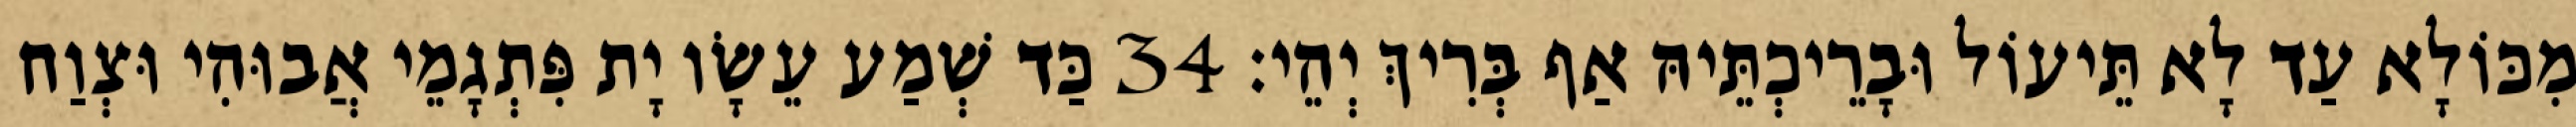
מִכּוֹלָא עַד לָא תֵּיעוֹל וּבָרֵיכְתֵּיהּ אַף בְּרִיךְ יְהֵי׃ 34 כַּד שְׁמַע עֵשָׂו יָת פִּתְגָמֵי אֲבוּהִי וּצְוַח